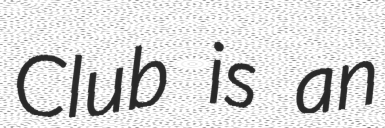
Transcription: Club is an